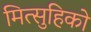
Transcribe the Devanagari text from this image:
मित्सुहिको